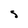
Character: S